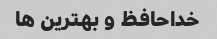
خداحافظ و بهترین ها